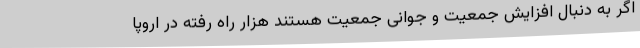
اگر به دنبال افزایش جمعیت و جوانی جمعیت هستند هزار راه رفته در اروپا